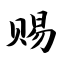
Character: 赐